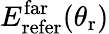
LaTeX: E_{\mathrm{refer}}^{\mathrm{far}}(\theta_{\mathrm{r}})